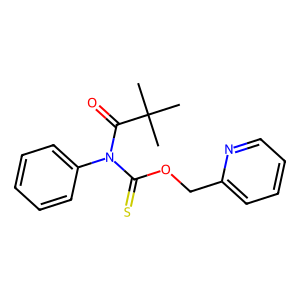
SMILES: CC(C)(C)C(=O)N(C(=S)OCc1ccccn1)c1ccccc1
Inhibits HIV replication: No